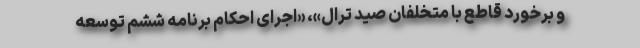
و برخورد قاطع با متخلفان صید ترال»، «اجرای احکام برنامه ششم توسعه